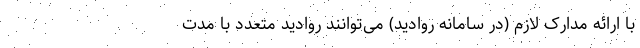
با ارائه مدارک لازم (در سامانه روادید) می‌توانند روادید متعدد با مدت